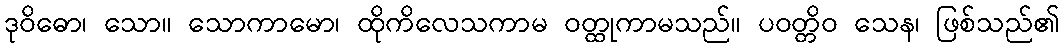
ဒုဝိဓော၊ သော။ သောကာမော၊ ထိုကိလေသကာမ ဝတ္ထုကာမသည်။ ပဝတ္တိဝ သေန၊ ဖြစ်သည်၏